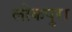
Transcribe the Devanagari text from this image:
लोकपुरा